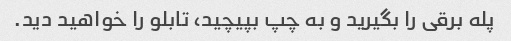
پله برقی را بگیرید و به چپ بپیچید، تابلو را خواهید دید.